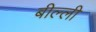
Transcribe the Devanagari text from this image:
बील्ली